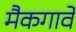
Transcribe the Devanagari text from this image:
मैकगार्वे